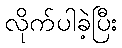
လိုက်ပါခဲ့ပြီး